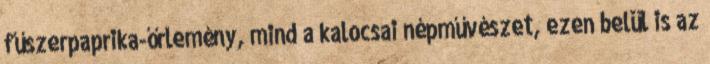
fűszerpaprika-őrlemény, mind a kalocsai népművészet, ezen belül is az